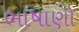
ભાષાણો